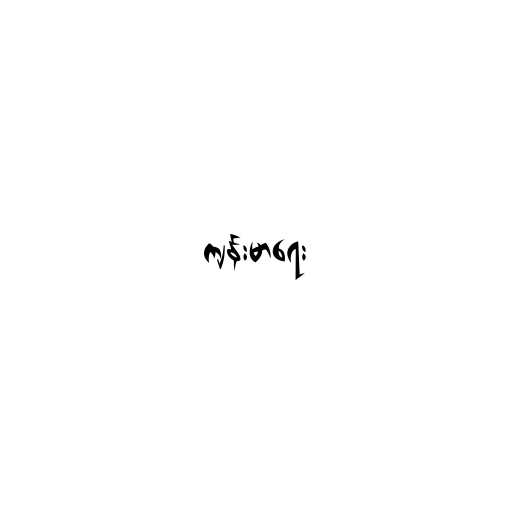
ကျန်းမာရေး